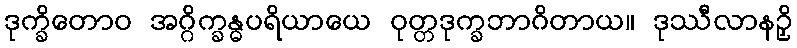
ဒုက္ခိတောဝ အဂ္ဂိက္ခန္ဓပရိယာယေ ဝုတ္တဒုက္ခဘာဂိတာယ။ ဒုဿီလာနဉှိ